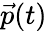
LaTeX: {\vec{p}}(t)